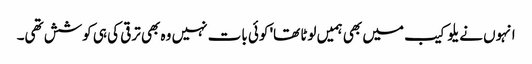
انہوں نے یلو کیب میں بھی ہمیں لوٹا تھا' کوئی بات نہیں وہ بھی ترقی کی ہی کوشش تھی۔